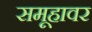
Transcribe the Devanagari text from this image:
समूहावर